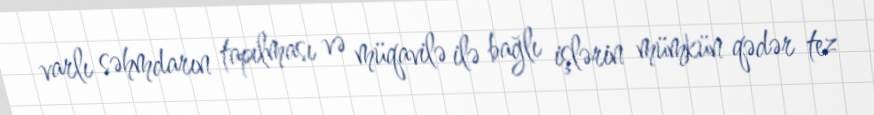
varlı səhmdarın tapılması və müqavilə ilə bağlı işlərin mümkün qədər tez